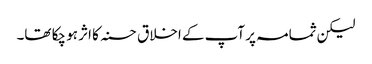
لیکن ثمامہ پر آپ کے اخلاق حسنہ کا اثر ہو چکا تھا۔